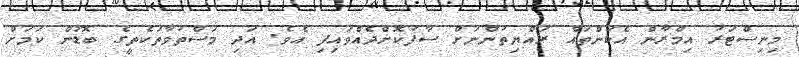
މިނިސްޓަރު އިމްރާން އެކަންތައް ރައްޔިތުންނަށް ސާފުކޮށްދެއްވައިފި އެވެ. އަދި މަސްތުވާތަކެތީގެ ބޮޑުން ކަމަށް